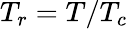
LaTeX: T_{r}=T/T_{c}